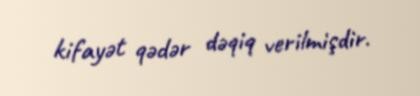
kifayət qədər dəqiq verilmişdir.